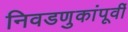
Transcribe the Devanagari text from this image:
निवडणुकांपूर्वी